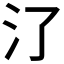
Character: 𣱾